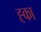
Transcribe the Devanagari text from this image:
ह्का